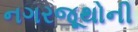
નગરજૂથોની